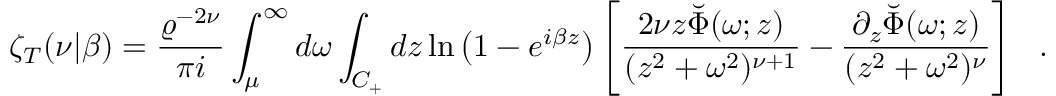
\zeta _ { T } ( \nu | \beta ) = { \frac { \varrho ^ { - 2 \nu } } { \pi i } } \int _ { \mu } ^ { \infty } d \omega \int _ { C _ { + } } d z \ln \left( 1 - e ^ { i \beta z } \right) \left[ { \frac { 2 \nu z \breve { \Phi } ( \omega ; z ) } { ( z ^ { 2 } + \omega ^ { 2 } ) ^ { \nu + 1 } } } - { \frac { \partial _ { z } \breve { \Phi } ( \omega ; z ) } { ( z ^ { 2 } + \omega ^ { 2 } ) ^ { \nu } } } \right] ~ ~ .